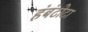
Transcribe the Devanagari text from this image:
हंबंटोटा